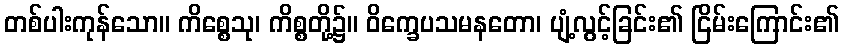
တစ်ပါးကုန်သော။ ကိစ္စေသု၊ ကိစ္စတို့၌။ ဝိက္ခေပသမနတော၊ ပျံ့လွင့်ခြင်း၏ ငြိမ်းကြောင်း၏